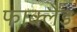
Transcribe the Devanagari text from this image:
फाक्लैंड